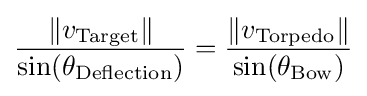
{\frac {\left\Vert v_{\mathrm {Target} }\right\|}{\sin(\theta _{\mathrm {Deflection} })}}={\frac {\left\Vert v_{\mathrm {Torpedo} }\right\|}{\sin(\theta _{\mathrm {Bow} })}}